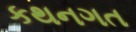
કથનગત